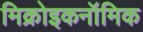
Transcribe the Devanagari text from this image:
मिक्रोइकनॉमिक